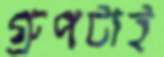
গ্রুপটাই